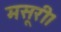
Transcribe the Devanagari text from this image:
मसूरी।